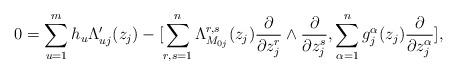
LaTeX: \begin{align*}0=\sum_{u=1}^mh_u\Lambda_{uj}'(z_j)-[\sum_{r,s=1}^n \Lambda_{M_{0j}}^{r,s}(z_j)\frac{\partial}{\partial z_j^r}\wedge \frac{\partial}{\partial z_j^s},\sum_{\alpha=1}^n g_j^{\alpha}(z_j)\frac{\partial}{\partial z_j^{\alpha}}],\,\,\,\,\,\end{align*}